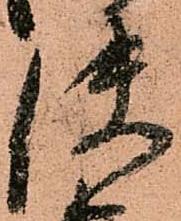
使